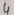
Text: 4